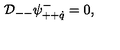
{ \cal D } _ { -- } \psi _ { + + \dot { q } } ^ { - } = 0 ,